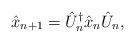
LaTeX: \begin{align*}\hat{x}_{n+1}=\hat{U}_n^{\dagger }\hat{x}_n\hat{U}_n, \end{align*}